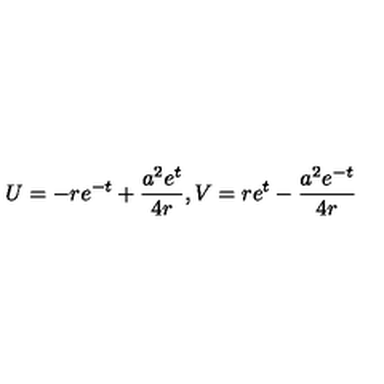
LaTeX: U = - r e ^ { - t } + \frac { a ^ { 2 } e ^ { t } } { 4 r } , V = r e ^ { t } - \frac { a ^ { 2 } e ^ { - t } } { 4 r }